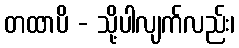
တထာပိ - သို့ပါလျက်လည်း၊